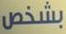
بشخص